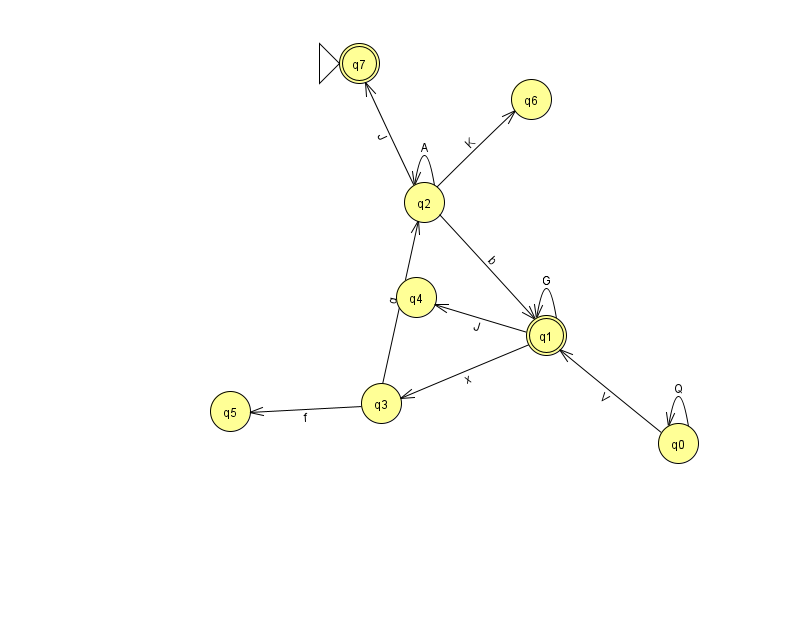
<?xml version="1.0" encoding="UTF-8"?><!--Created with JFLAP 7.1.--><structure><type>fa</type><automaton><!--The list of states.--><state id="0" name="q0"><x>678.0</x><y>430.0</y></state><state id="1" name="q1"><x>546.0</x><y>322.0</y><final/></state><state id="2" name="q2"><x>424.0</x><y>189.0</y></state><state id="3" name="q3"><x>381.0</x><y>390.0</y></state><state id="4" name="q4"><x>416.0</x><y>284.0</y></state><state id="5" name="q5"><x>230.0</x><y>398.0</y></state><state id="6" name="q6"><x>531.0</x><y>86.0</y></state><state id="7" name="q7"><x>359.0</x><y>50.0</y><initial/><final/></state><!--The list of transitions.--><transition><from>2</from><to>6</to><read>K</read></transition><transition><from>0</from><to>0</to><read>Q</read></transition><transition><from>2</from><to>2</to><read>A</read></transition><transition><from>1</from><to>3</to><read>x</read></transition><transition><from>0</from><to>1</to><read>V</read></transition><transition><from>2</from><to>1</to><read>b</read></transition><transition><from>3</from><to>5</to><read>f</read></transition><transition><from>1</from><to>1</to><read>G</read></transition><transition><from>2</from><to>7</to><read>J</read></transition><transition><from>1</from><to>4</to><read>J</read></transition><transition><from>3</from><to>2</to><read>q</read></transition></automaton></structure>